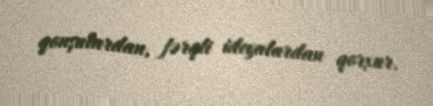
qonşulardan, fərqli ideyalardan qorxur.